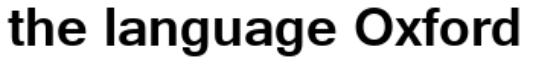
the language Oxford